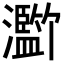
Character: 𪸄